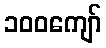
၁၀၀ကျော်